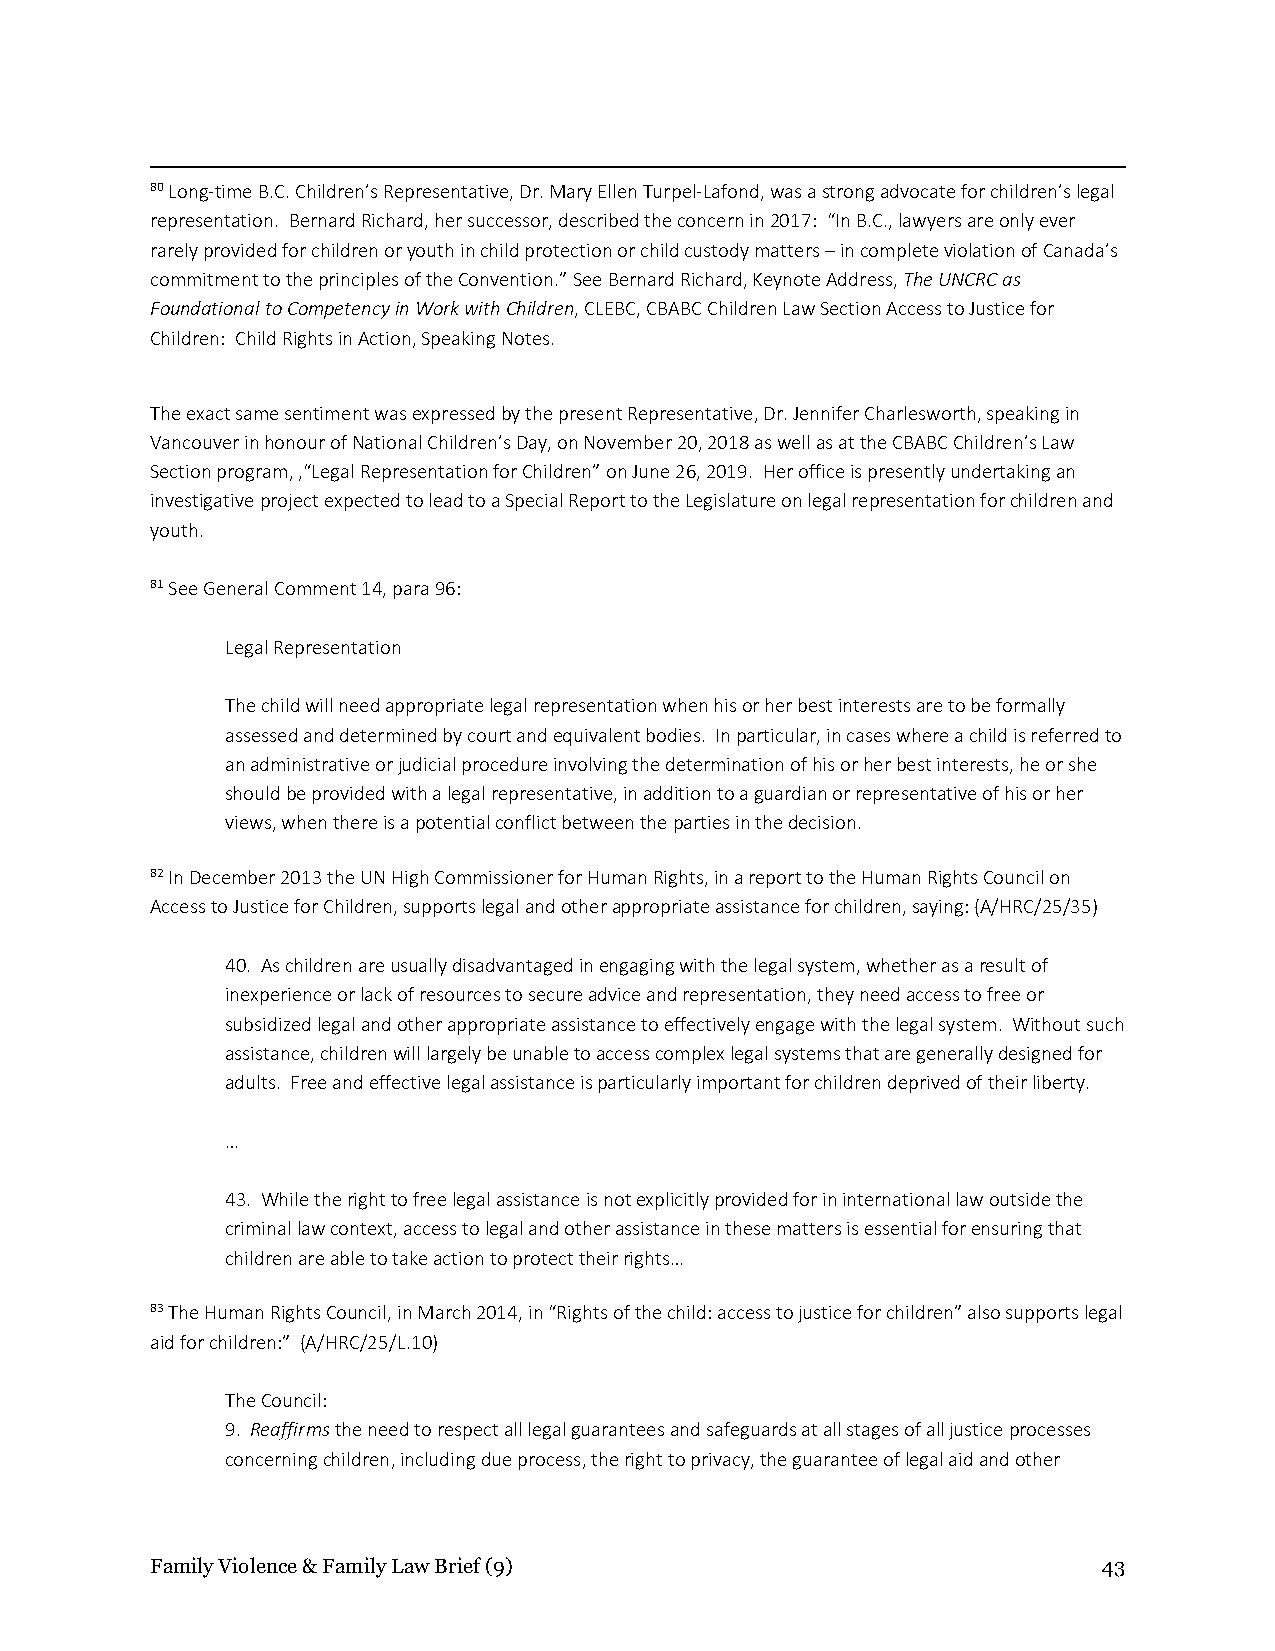
80 Long-time B.C. Children’s Representative, Dr. Mary Ellen Turpel-Lafond, was a strong advocate for children’s legal
 representation. Bernard Richard, her successor, described the concern in 2017: “In B.C., lawyers are only ever
 rarely provided for children or youth in child protection or child custody matters – in complete violation of Canada’s
 commitment to the principles of the Convention.” See Bernard Richard, Keynote Address, The UNCRC as
 Foundational to Competency in Work with Children, CLEBC, CBABC Children Law Section Access to Justice for
 Children: Child Rights in Action, Speaking Notes.
 The exact same sentiment was expressed by the present Representative, Dr. Jennifer Charlesworth, speaking in
 Vancouver in honour of National Children’s Day, on November 20, 2018 as well as at the CBABC Children’s Law
 Section program, ,“Legal Representation for Children” on June 26, 2019. Her office is presently undertaking an
 investigative project expected to lead to a Special Report to the Legislature on legal representation for children and
 youth.
 81 See General Comment 14, para 96:
 Legal Representation
 The child will need appropriate legal representation when his or her best interests are to be formally
 assessed and determined by court and equivalent bodies. In particular, in cases where a child is referred to
 an administrative or judicial procedure involving the determination of his or her best interests, he or she
 should be provided with a legal representative, in addition to a guardian or representative of his or her
 views, when there is a potential conflict between the parties in the decision.
 82 In December 2013 the UN High Commissioner for Human Rights, in a report to the Human Rights Council on
 Access to Justice for Children, supports legal and other appropriate assistance for children, saying: (A/HRC/25/35)
 40. As children are usually disadvantaged in engaging with the legal system, whether as a result of
 inexperience or lack of resources to secure advice and representation, they need access to free or
 subsidized legal and other appropriate assistance to effectively engage with the legal system. Without such
 assistance, children will largely be unable to access complex legal systems that are generally designed for
 adults. Free and effective legal assistance is particularly important for children deprived of their liberty.
 …
 43. While the right to free legal assistance is not explicitly provided for in international law outside the
 criminal law context, access to legal and other assistance in these matters is essential for ensuring that
 children are able to take action to protect their rights…
 83 The Human Rights Council, in March 2014, in “Rights of the child: access to justice for children” also supports legal
 aid for children:” (A/HRC/25/L.10)
 The Council:
 9. Reaffirms the need to respect all legal guarantees and safeguards at all stages of all justice processes
 concerning children, including due process, the right to privacy, the guarantee of legal aid and other
 Family Violence & Family Law Brief (9)                         43